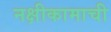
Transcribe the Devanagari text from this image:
नक्षीकामाची